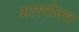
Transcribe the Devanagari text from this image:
शास्‍त्रोक्‍त